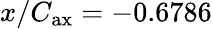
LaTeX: x/C_{\mathrm{ax}}=-0.6786